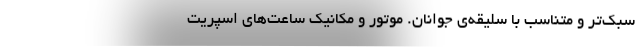
سبک‌تر و متناسب با سلیقه‌ی جوانان. موتور و مکانیک ساعت‌های اسپریت